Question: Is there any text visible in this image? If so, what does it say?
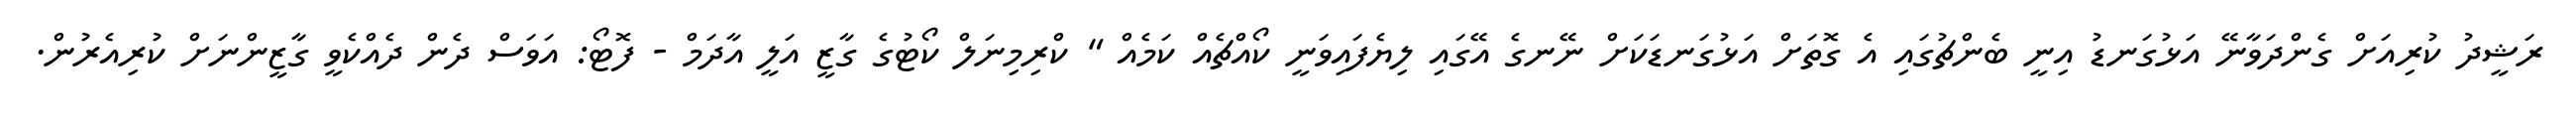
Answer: ރަޝީދު ކުރިއަށް ގެންދަވާނޭ އަޅުގަނޑު އިނީ ބެންޗުގައި އެ ގޮތަށް އަޅުގަނޑަކަށް ނޭނގެ އޭގައި ލިޔެފައިވަނީ ކޯއްޗެއް ކަމެއް " ކްރިމިނަލް ކޯޓުގެ ގާޒީ އަލީ އާދަމް - ފޮޓޯ: އަވަސް ދެން ދެއްކެވީ ގާޒީންނަށް ކުރިއެރުން.